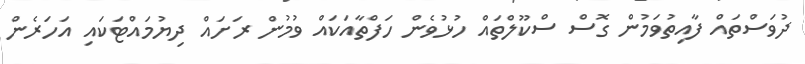
ދުވަސްތައް ފާއިތުވަމުން ގޮސް ސްކޫލްތައް ހުޅުވެން ހަފްތާއަކައް ވުމުން ރަށައް ދިޔުމައްޓަކައި އަހަރެން